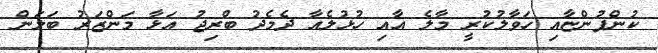
ކުންފުންޏާއި ހަވާލުކުރީ މާލެ އާއި ހުޅުލެއާ ދެމެދު ބްރިޖު އަޅާ މަންޒަރު ބަލަން